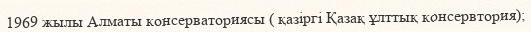
1969 жылы Алматы консерваториясы ( қазіргі Қазақ ұлттық консервтория);